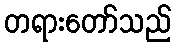
တရားတော်သည်